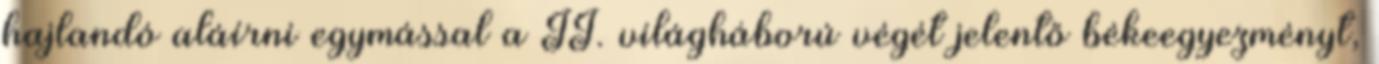
hajlandó aláírni egymással a II. világháború végét jelentő békeegyezményt,